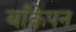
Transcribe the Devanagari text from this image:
बाँकेपन